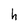
Character: h